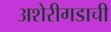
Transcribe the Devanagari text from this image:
अशेरीगडाची